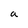
Character: a